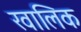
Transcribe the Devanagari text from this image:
खालिक